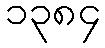
၁၃၈၄